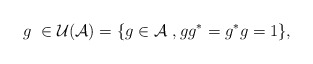
\begin{align*}g \,\,\in {\cal U}({\cal A})= \{g \in {\cal A} \,\,, gg^*=g^*g =1\},\end{align*}